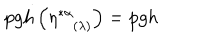
\mathrm { p g h } \left( \eta _ { ( \lambda ) } ^ { * \alpha } \right) = \mathrm { p g h }